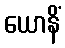
ယောနိံ